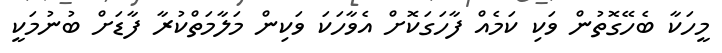
މީހަކާ ބެހޭގޮތުން ވަކި ކަމެއް ފާހަގަކޮށް އެވާހަކަ ވަކިން މަލާމަތްކުރާ ފާޑަށް ބުނުމަކީ